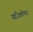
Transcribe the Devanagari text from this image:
परिकोष्‍ठ